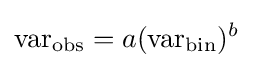
{\text{var}}_{\text{obs}}=a({\text{var}}_{\text{bin}})^{b}